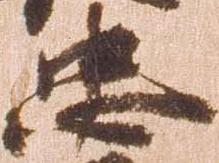
忠